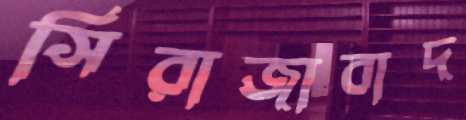
সিরাজাবাদ